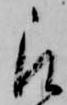
被